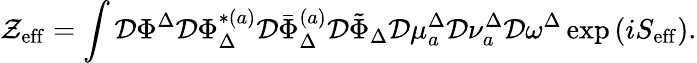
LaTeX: \mathcal{Z}_{\mathrm{{eff}}}=\int\mathcal{{D}}\Phi^{\Delta}\mathcal{{D}}\Phi_{\Delta}^{*(a)}\mathcal{{D}}\bar{{\Phi}}_{\Delta}^{(a)}\mathcal{{D}}\tilde{{\Phi}}_{\Delta}\mathcal{{D}}\mu_{a}^{\Delta}\mathcal{{D}}\nu_{a}^{\Delta}\mathcal{{D}}\omega^{\Delta}\exp\left(iS_{\mathrm{{eff}}}\right).